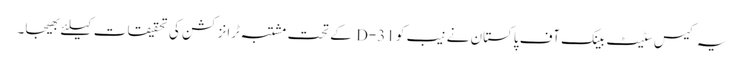
یہ کیس سٹیٹ بینک آف پاکستان نے نیب کو 31-D کے تحت مشتبہ ٹرانزکشن کی تحقیقات کیلئے بھیجا۔